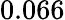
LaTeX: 0.066